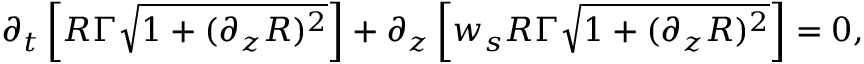
\partial _ { { t } } \left[ R \Gamma \sqrt { 1 + ( \partial _ { z } R ) ^ { 2 } } \right] + \partial _ { z } \left[ { w } _ { s } R \Gamma \sqrt { 1 + ( \partial _ { z } R ) ^ { 2 } } \right] = 0 ,